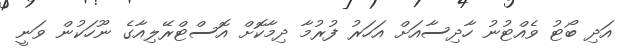
އަދި ބޯޓު ވެއްޓުނު ހާދިސާއަށް އަހަރު ފުރުމާ ދިމާކޮށް އޮސްޓްރޭލިއާގެ ނޫހަކުން ވަނީ